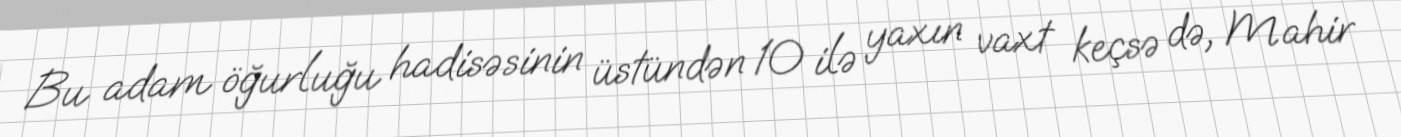
Bu adam öğurluğu hadisəsinin üstündən 10 ilə yaxın vaxt keçsə də, Mahir